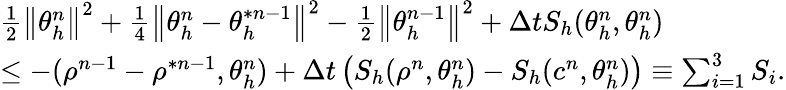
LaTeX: \begin{array}{l}{\frac{1}{2}\left\Vert\theta_{h}^{n}\right\Vert^{2}+\frac{1}{4}\left\Vert\theta_{h}^{n}-\theta_{h}^{\ast n-1}\right\Vert^{2}-\frac{1}{2}\left\Vert\theta_{h}^{n-1}\right\Vert^{2}+\Delta tS_{h}(\theta_{h}^{n},\theta_{h}^{n})}\\ {\leq-(\rho^{n-1}-\rho^{\ast n-1},\theta_{h}^{n})+\Delta t\left(S_{h}(\rho^{n},\theta_{h}^{n})-S_{h}(c^{n},\theta_{h}^{n})\right)\equiv\sum_{i=1}^{3}S_{i}.}\end{array}